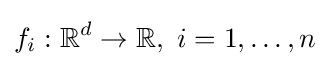
f_{i}:\mathbb {R} ^{d}\rightarrow \mathbb {R} ,\ i=1,\dots ,n